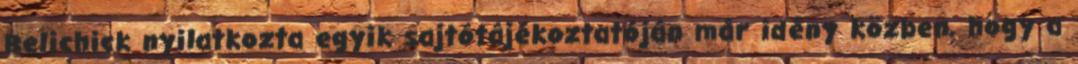
Belichick nyilatkozta egyik sajtótájékoztatóján már idény közben, hogy a